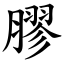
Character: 膠